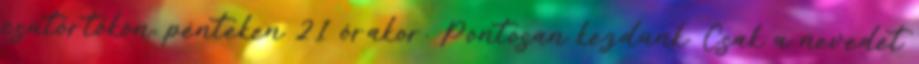
csütörtökön, pénteken 21 órakor. Pontosan kezdünk. Csak a nevedet